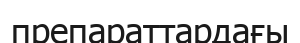
препараттардағы